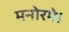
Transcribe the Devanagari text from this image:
मनोरमे।